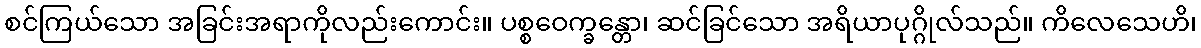
စင်ကြယ်သော အခြင်းအရာကိုလည်းကောင်း။ ပစ္စဝေက္ခန္တော၊ ဆင်ခြင်သော အရိယာပုဂ္ဂိုလ်သည်။ ကိလေသေဟိ၊